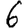
Digit: 6